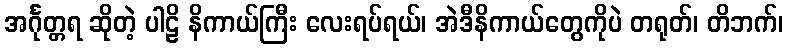
အင်္ဂုတ္တရ ဆိုတဲ့ ပါဠိ နိကာယ်ကြီး လေးရပ်ရယ်၊ အဲဒီနိကာယ်တွေကိုပဲ တရုတ်၊ တိဘက်၊